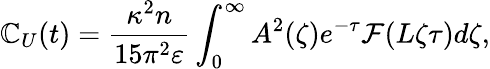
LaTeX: \mathbb{C}_{U}(t)=\frac{{\kappa^{2}n}}{{15\pi^{2}\varepsilon}}\int_{0}^{\infty}A^{2}(\zeta)e^{-\tau}\mathcal{{F}}(L\zeta\tau)d\zeta,